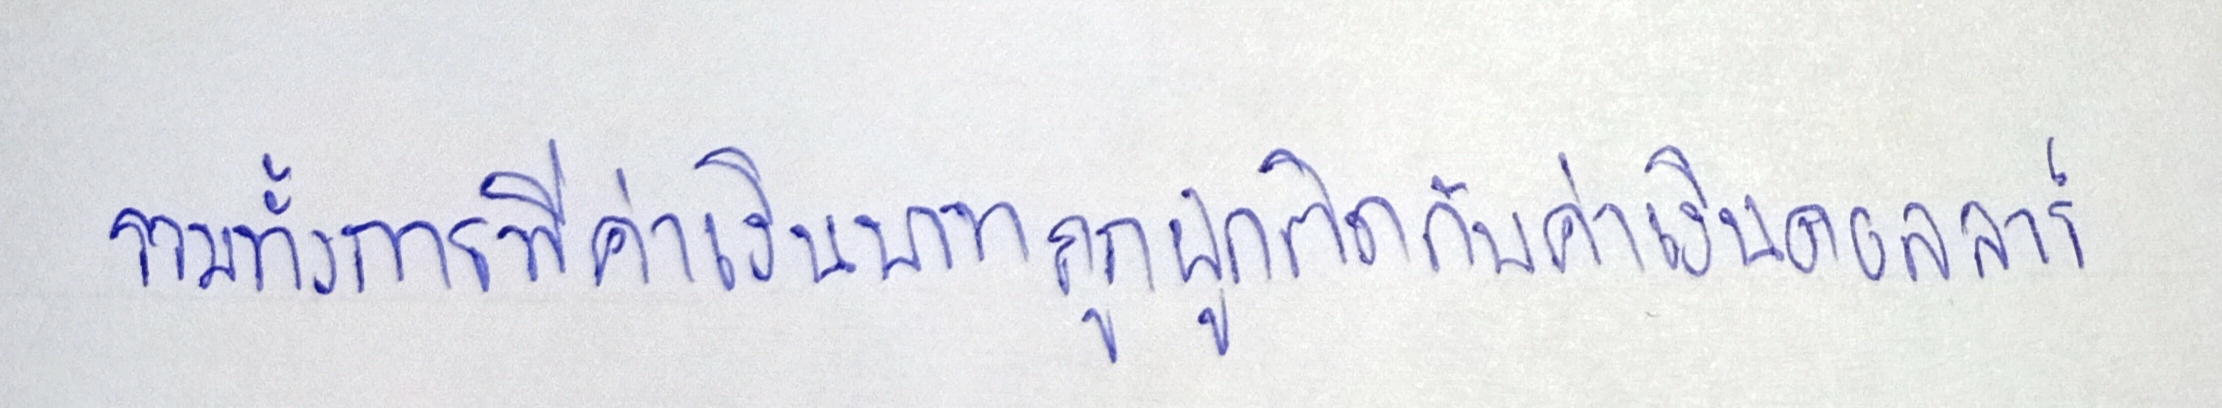
รวมทั้งการที่ค่าเงินบาทถูกผูกติดกับค่าเงินดอลลาร์